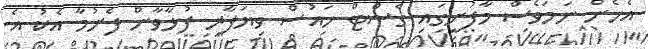
އެހެން ނަމަވެސް މާފުށީގައި ގެސްޓް ހައުސް ވިޔަފާރި ފުޅާވާން ފެށުމާ އެކު އެ